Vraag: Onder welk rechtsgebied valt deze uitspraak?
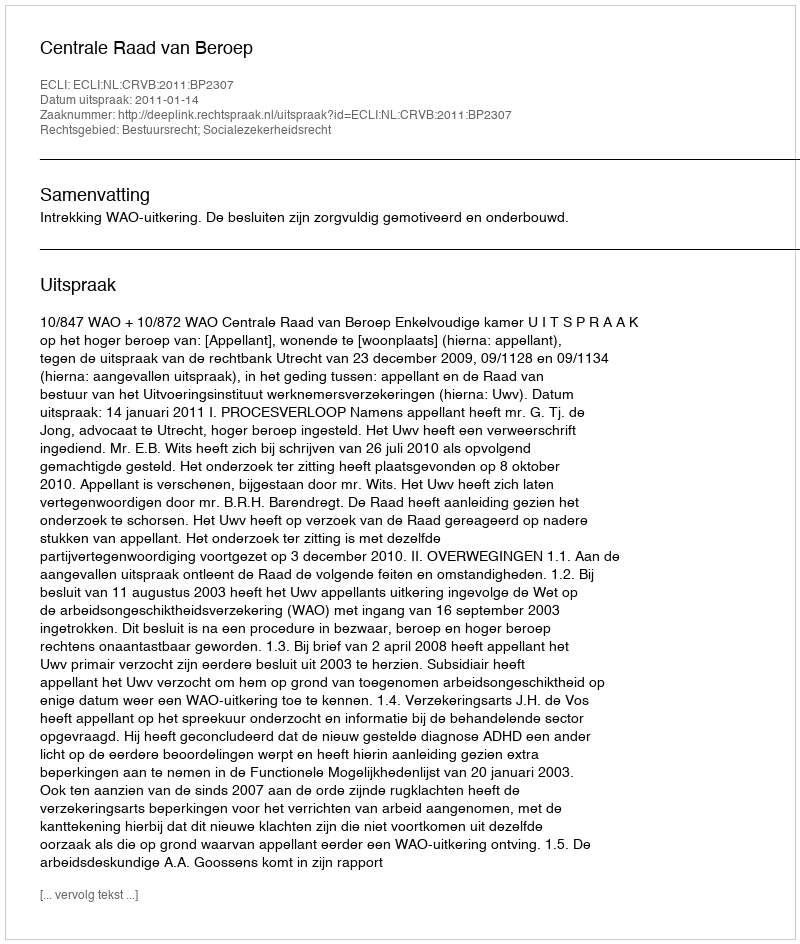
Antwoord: Bestuursrecht; Socialezekerheidsrecht